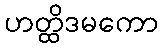
ဟတ္ထိဒမကော